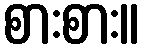
စားစား။